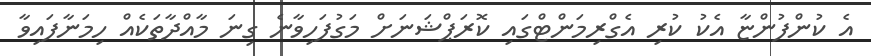
އެ ކުންފުންޏާ އެކު ކުރި އެގްރިމަންޓްގައި ކޮރަޕްޝަނަށް މަގުފަހިވާނެ ގިނަ މާއްދާތަކެއް ހިމަނާފައިވާ